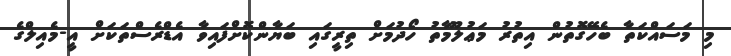
މި މަސައްކަތާ ބެހޭގޮތުން އިތުރު މަޢުލޫމާތު ހޯދުމަށް ތިރީގައި ބަޔާންކޮށްފައިވާ އެޑްރެސްތަކަށް އީ-މެއިލްގެ